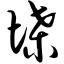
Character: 堞